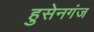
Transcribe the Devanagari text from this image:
हुसेनगंज